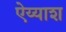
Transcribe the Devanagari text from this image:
ऐय्याश